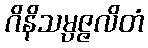
ဂိနိသမ္ပဇ္ဇလိတံ